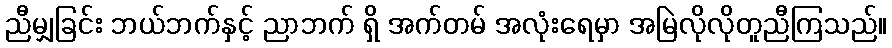
ညီမျှခြင်း ဘယ်ဘက်နှင့် ညာဘက် ရှိ အက်တမ် အလုံးရေမှာ အမြဲလိုလိုတူညီကြသည်။